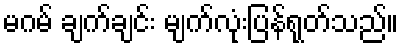
မဂမ် ချက်ချင်း မျက်လုံးပြန်ရုတ်သည်။